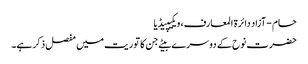
حام - آزاد دائرۃ المعارف، ویکیپیڈیا
حضرت نوح کے دوسرے بیٹے جن کا توریت میں مفصل ذکر ہے۔